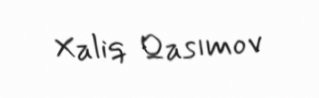
Xaliq Qasımov